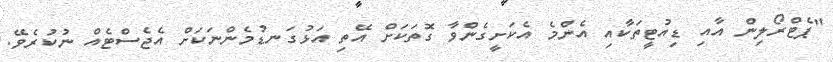
"ޕެޓްރޯލިން އާއި ޑިއުޓީތަކާއި އެންމެ އެކަށީގެންވާ ގޮތަކަށް އޭތި އަޅުގަނޑުމެންނަކަށް އެޖެސްޓެއް ނުކުރެވޭ.